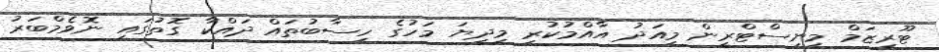
ޓޫރިޒަމް މިނިސްޓްރީން މިއަދު އާއްމުކުރި މިދިޔަ މަހުގެ ހިސާބުތައް ދައްކާ ގޮތުގައި ނޮވެމްބަރު